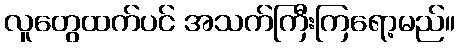
လူတွေထက်ပင် အသက်ကြီးကြရော့မည်။